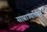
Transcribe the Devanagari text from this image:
साम्राज्यावरून